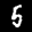
Label: 5